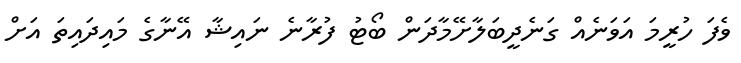
ވެފަ ހުރީމަ އަވަނެއް ގަނެދީބަލާށޭމާދަން ބޯޓު ފުރާނެ ނައިޝާ އޭނާގެ މައިދައިތަ އަށް